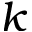
k